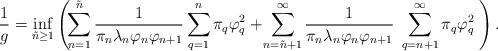
LaTeX: \begin{align*}\frac{1}{g}=\inf_{\tilde{n}\geq 1}\left(\!\sum_{n=1}^{\tilde{n}}\frac{1}{\pi_n\lambda_{n}\varphi_{n}\varphi_{n+1}}\sum_{q=1}^{n}\pi_{q}\varphi_{q}^{2}+\!\sum_{n=\tilde{n}+1}^{\infty}\frac{1}{\pi_{n}\lambda_{n}\varphi_{n}\varphi_{n+1}}\;\sum_{q=n+1}^{\infty}\pi_{q}\varphi_{q}^{2}\;\right).\end{align*}